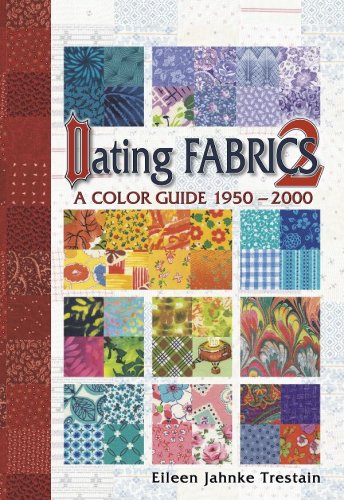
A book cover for Dating Fabrics A Color Guide 2 1950-2000; Eileen Trestain; Crafts, Hobbies & Home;